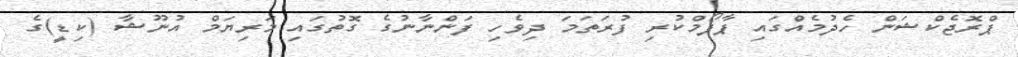
ޕްރޮޖެކްޝަން ހެދުމެއްގައި ޕާފޯމްކުރި ފުރަތަމަ ދިވެހި ފަންނާނުގެ ގޮތުގައި މަރިޔަމް އުނޫޝާ (ކިޑީ)ގެ